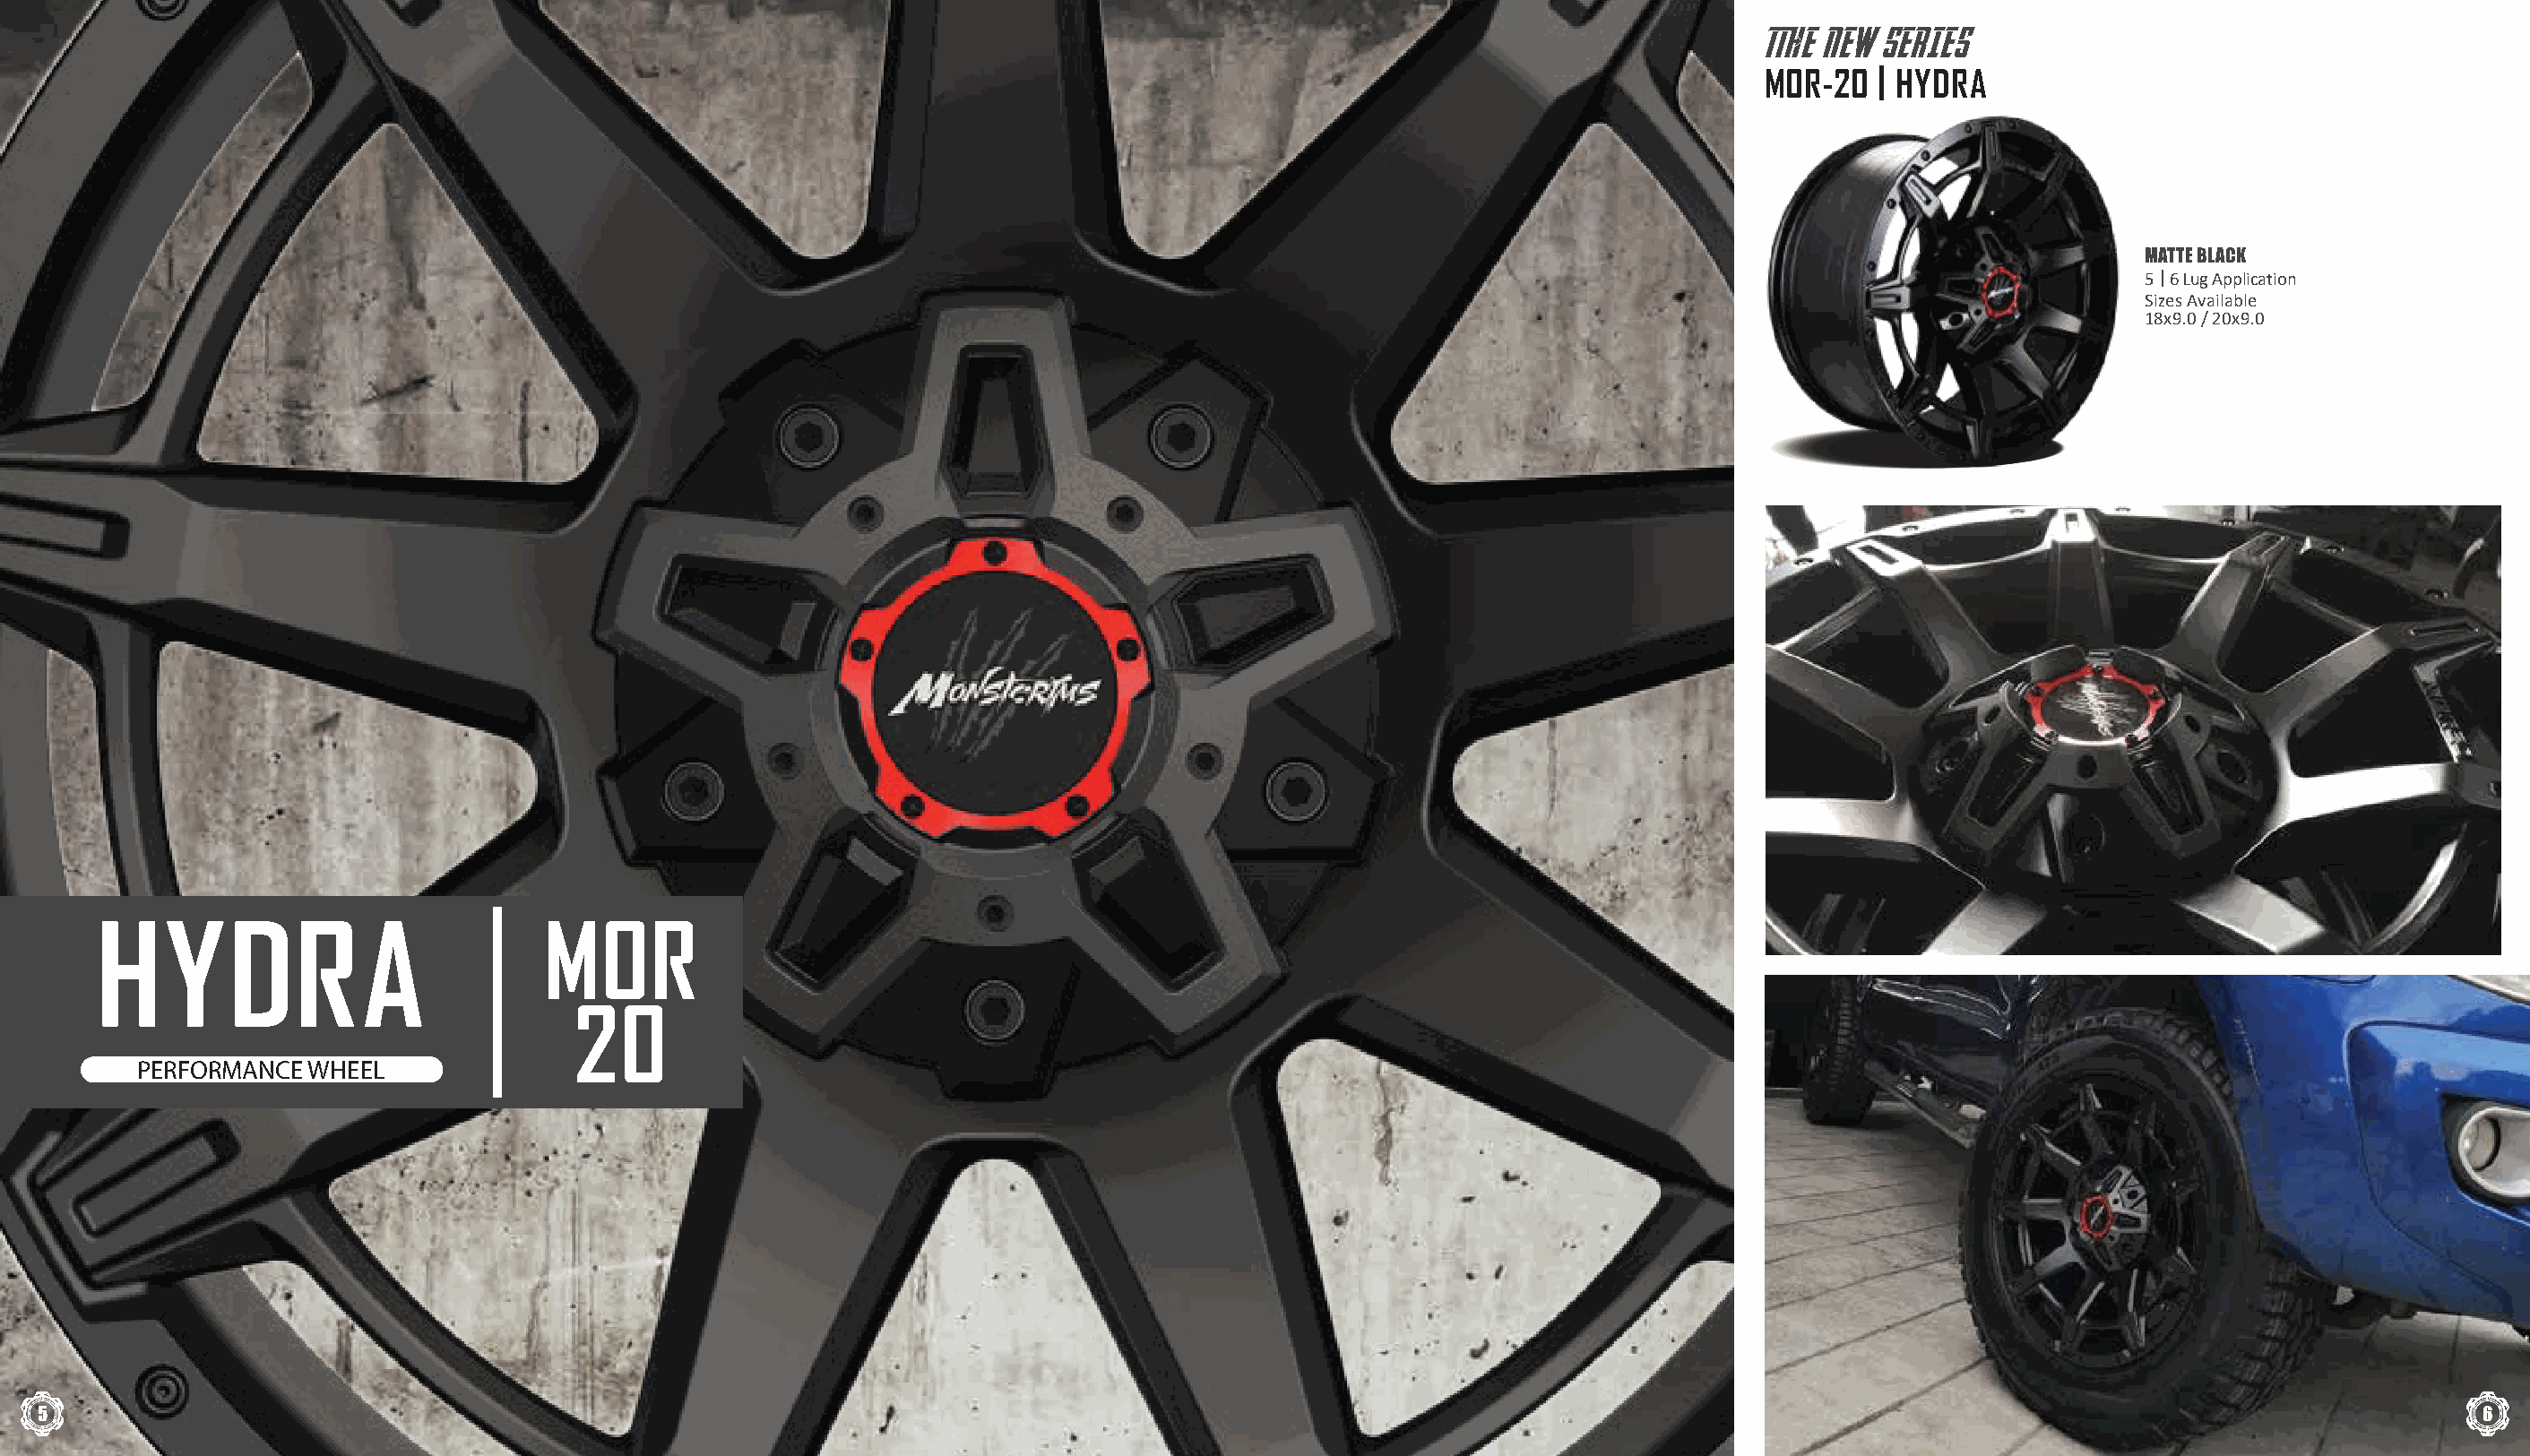
TTHE NEW SERIES
 MOR-20   | HYDRA
 MATTE BLACK
 5 | 6 Lug Application
 Sizes Available
 18x9.0 / 20x9.0
 HYDRA                            MOR
 20
 PERFORMANCE  WHEEL
 5                                                                                                                                                                                   6